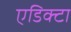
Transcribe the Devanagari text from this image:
एडिक्टा